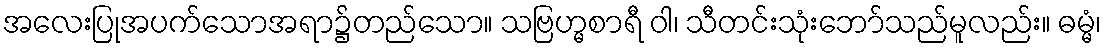
အလေးပြုအပက်သောအရာ၌တည်သော။ သဗြဟ္မစာရီ ဝါ၊ သီတင်းသုံးဘော်သည်မူလည်း။ ဓမ္မံ၊